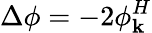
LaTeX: \Delta\phi=-2\phi_{\mathbf{k}}^{H}